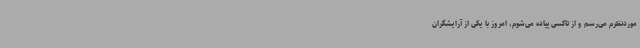
موردنظرم می‌رسم و از تاکسی پیاده می‌شوم، امروز با یکی از آرایشگران